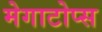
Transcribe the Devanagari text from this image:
मेगाटोप्स